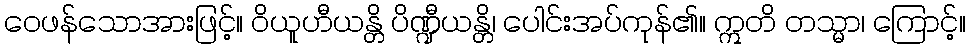
ဝေဖန်သောအားဖြင့်။ ဝိယူဟီယန္တိ ပိဏ္ဍီယန္တိ၊ ပေါင်းအပ်ကုန်၏။ ဣတိ တသ္မာ၊ ကြောင့်။